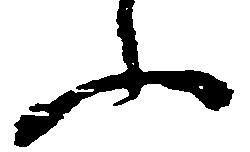
ふ